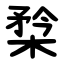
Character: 㮗